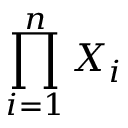
\prod _ { i = 1 } ^ { n } X _ { i }